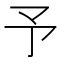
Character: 予